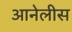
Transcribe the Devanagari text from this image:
आनेलीस